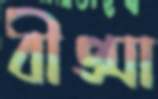
বীপ্সা